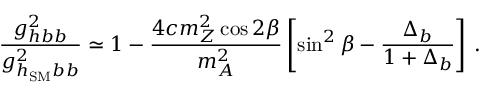
{ \frac { g _ { h b b } ^ { 2 } } { g _ { h _ { \mathrm { S M } } b b } ^ { 2 } } } \simeq 1 - { \frac { 4 c m _ { Z } ^ { 2 } \cos 2 \beta } { m _ { A } ^ { 2 } } } \left[ \sin ^ { 2 } \beta - { \frac { \Delta _ { b } } { 1 + \Delta _ { b } } } \right] \, .